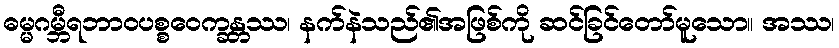
ဓမ္မဂမ္ဘီရဘာဝပစ္စဝေက္ခန္တဿ၊ နက်နဲသည်၏အဖြစ်ကို ဆင်ခြင်တော်မူသော။ အဿ၊